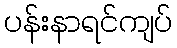
ပန်းနာရင်ကျပ်